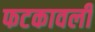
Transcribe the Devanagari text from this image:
फटकावली